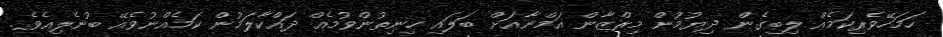
ހަމަހޭވެރިކަމެއް ލިބިގެން ދިޔުމުން މިރްޒާން އަމްނާއަށް ބަލައި ހިނިތުންވުމެއް ދައްކާލަމުން ކަމެއްނުވެއޭ ބުނެލިއެވެ.